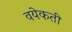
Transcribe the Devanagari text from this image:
वयेकती